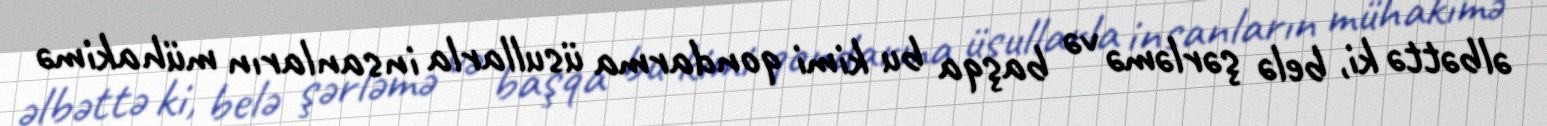
əlbəttə ki, belə şərləmə və başqa bu kimi qondarma üsullarla insanların mühakimə